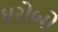
ઘરોબો